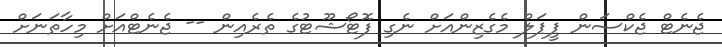
ޖެނެޓް ޖެކްސަން ޕީޕަލް މެގެޒިންއަށް ނެގި ފޮޓޯޝޫޓުގެ ތެރެއިން -- ޖެނެޓްއަށް މިހާތަނަށް